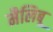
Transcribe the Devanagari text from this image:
मैलिबू